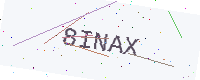
Text: 8INAX